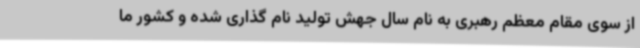
از سوی مقام معظم رهبری به نام سال جهش تولید نام گذاری شده و کشور ما